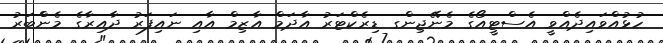
ހުޅުއްވައިދެއްވީ އެސްޓީއޯގެ މެނޭޖިންގ ޑިރެކްޓަރު އާދަމް އާޒިމް އާއި ނައިފަރު ދާއިރާގެ މެންްބަރު